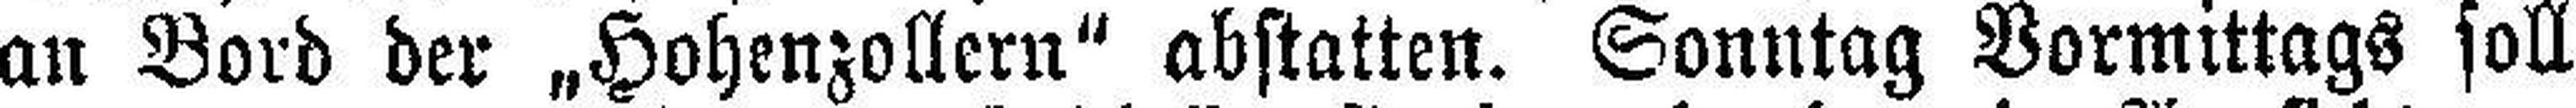
an Bord der „Hohenzollern“ abstatten. Sonntag Vormittags soll